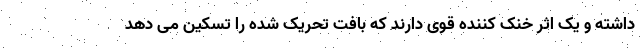
داشته و یک اثر خنک کننده قوی دارند که بافت تحریک شده را تسکین می دهد